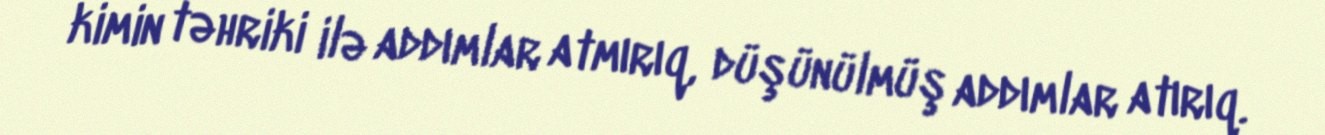
kimin təhriki ilə addımlar atmırıq, düşünülmüş addımlar atırıq.